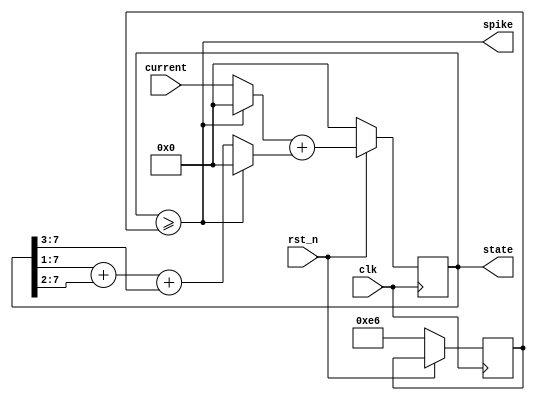
`default_nettype none

module lif_n ( 
    input wire [7:0] current,
    input wire       clk,
    input wire       rst_n, // active low, RESET happens when rst_n is 0
    output wire      spike,
    output reg [7:0] state
);
    reg [7:0] threshold;
    wire [7:0] next_state;

    always @(posedge clk) begin
        if (!rst_n) begin
            state <= 0;
            threshold <= 230;
        end else begin
            state <= next_state;
        end
    end

    // next_state logic and spiking logic
    assign spike = (state >= threshold);
    // assign next_state = current + (spike ? 0 : state >> 1)
    // if there is a spike, next state is current + 0; if no spike, next state is current + half of state

    assign next_state = (spike ? 0 : current) + (spike ? 0 : (state >> 1)+(state >> 2)+(state >> 3));
    // first term: if there is a spike, dont add current. if no spike, add current
    // second term: if yes spike, add zero; if no spike, add 0.875 times state (this implicitly sets Beta decay rate)
    // combine the two terms: if yes spike, HARD RESET (both terms eval to zero)

endmodule